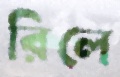
রিলে